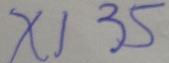
x 1 3 5